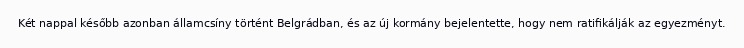
Két nappal később azonban államcsíny történt Belgrádban, és az új kormány bejelentette, hogy nem ratifikálják az egyezményt.